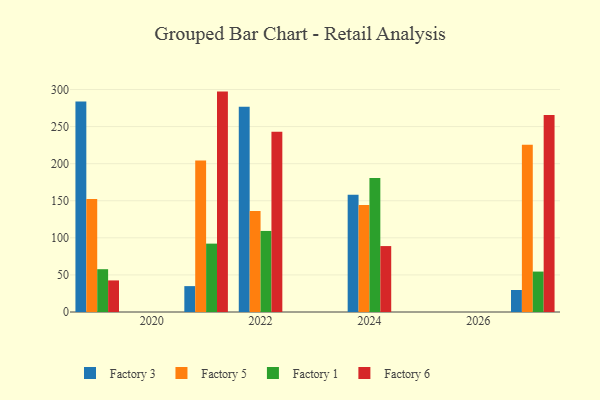
{"axis": {"x": "Year", "y": "Satisfaction Score"}, "legend": ["Factory 1", "Factory 3", "Factory 5", "Factory 6"], "data": [{"x": "2024", "y": 158.0, "type": "Factory 3"}, {"x": "2024", "y": 144.4, "type": "Factory 5"}, {"x": "2024", "y": 180.6, "type": "Factory 1"}, {"x": "2024", "y": 88.9, "type": "Factory 6"}, {"x": "2021", "y": 34.9, "type": "Factory 3"}, {"x": "2021", "y": 204.3, "type": "Factory 5"}, {"x": "2021", "y": 92.2, "type": "Factory 1"}, {"x": "2021", "y": 297.2, "type": "Factory 6"}, {"x": "2022", "y": 276.9, "type": "Factory 3"}, {"x": "2022", "y": 136.3, "type": "Factory 5"}, {"x": "2022", "y": 109.3, "type": "Factory 1"}, {"x": "2022", "y": 243.2, "type": "Factory 6"}, {"x": "2019", "y": 283.8, "type": "Factory 3"}, {"x": "2019", "y": 152.3, "type": "Factory 5"}, {"x": "2019", "y": 57.7, "type": "Factory 1"}, {"x": "2019", "y": 42.6, "type": "Factory 6"}, {"x": "2027", "y": 29.7, "type": "Factory 3"}, {"x": "2027", "y": 225.4, "type": "Factory 5"}, {"x": "2027", "y": 54.5, "type": "Factory 1"}, {"x": "2027", "y": 265.8, "type": "Factory 6"}]}